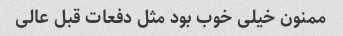
ممنون خیلی خوب بود مثل دفعات قبل عالی